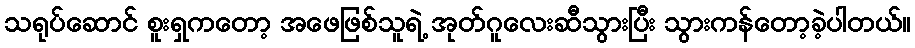
သရုပ်ဆောင် စူးရှကတော့ အဖေဖြစ်သူရဲ့ အုတ်ဂူလေးဆီသွားပြီး သွားကန်တော့ခဲ့ပါတယ်။